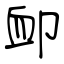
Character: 卹